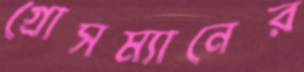
গ্রোসম্যানের